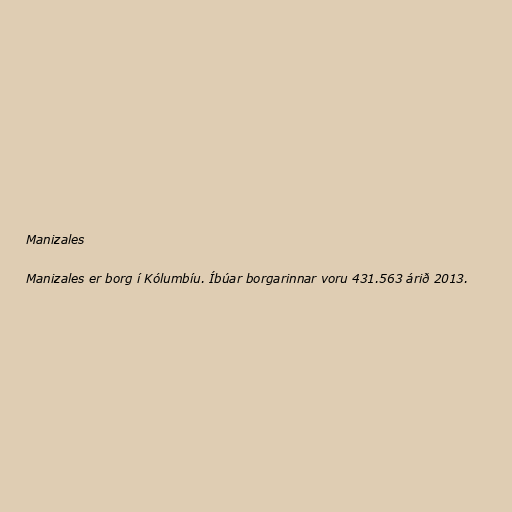
Manizales

Manizales er borg í Kólumbíu. Íbúar borgarinnar voru 431.563 árið 2013.